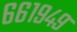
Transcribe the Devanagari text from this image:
६६१९४९